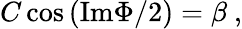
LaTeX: C\cos{(\mathrm{Im}\Phi/2)}=\beta\ ,